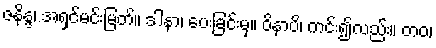
ဇနိန္ဒ၊ အရှင်မင်းမြတ်။ ဒါနာ၊ ပေးခြင်းမှ။ ဝိနာပိ၊ ကင်း၍လည်း။ တဝ၊